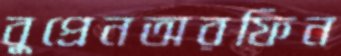
বুপ্রেনঅরফিন